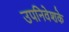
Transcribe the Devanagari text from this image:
उपनिवेशके